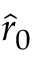
\hat { r } _ { 0 }